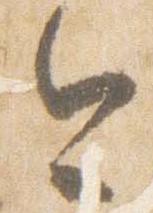
今